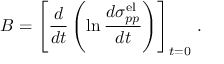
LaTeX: B = \left[ { \frac { d } { d t } } \left( \ln { \frac { d \sigma _ { p p } ^ { \mathrm { e l } } } { d t } } \right) \right] _ { t = 0 } \, .